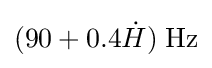
(90+0.4{\dot {H}})\;\mathrm {Hz}